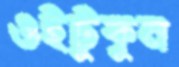
ওইটুকুন